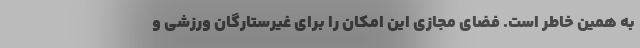
به همین خاطر است. فضای مجازی این امکان را برای غیرستارگان ورزشی و